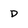
Character: D